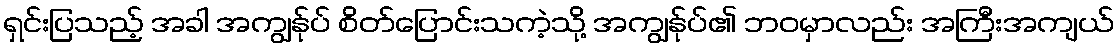
ရှင်းပြသည့် အခါ အကျွန်ုပ် စိတ်ပြောင်းသကဲ့သို့ အကျွန်ုပ်၏ ဘဝမှာလည်း အကြီးအကျယ်